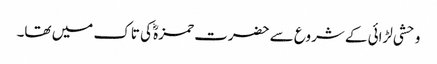
وحشی لڑائی کے شروع سے حضرت حمزہؓ کی تاک میں تھا۔